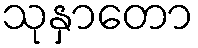
သုနှာတော